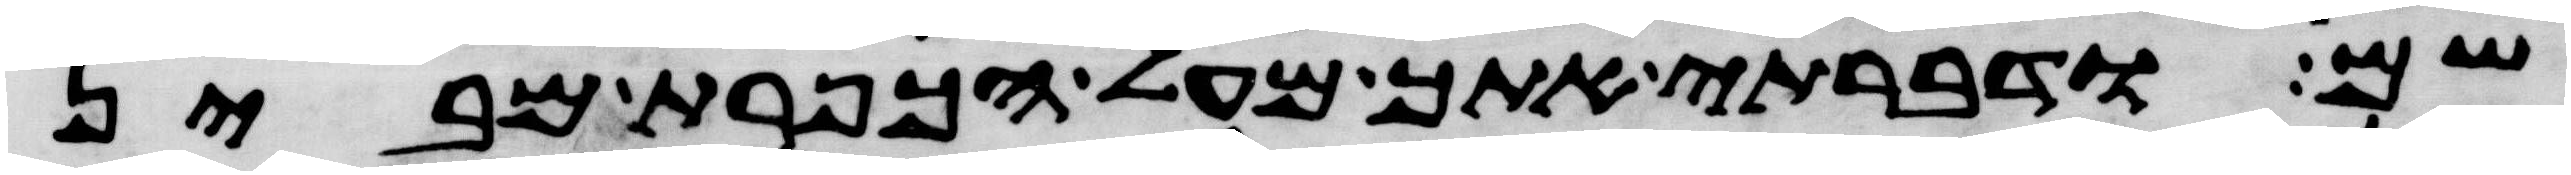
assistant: שם ודברתי אתך מעל הכפרת מבין